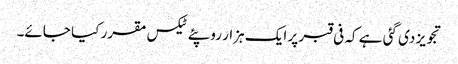
تجویز دی گئی ہے کہ فی قبر پر ایک ہزار روپئے ٹیکس مقرر کیا جائے۔